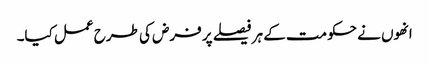
انھوں نے حکومت کے ہر فیصلے پر فرض کی طرح عمل کیا۔